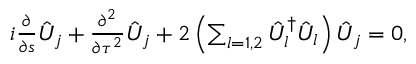
\begin{array} { r } { i \frac { \partial } { \partial s } \hat { U } _ { j } + \frac { \partial ^ { 2 } } { \partial \tau ^ { 2 } } \hat { U } _ { j } + 2 \left( \sum _ { l = 1 , 2 } \hat { U } _ { l } ^ { \dag } \hat { { U } } _ { l } \right) \hat { U } _ { j } = 0 , } \end{array}